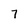
Character: 7